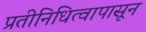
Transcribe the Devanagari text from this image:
प्रतीनिधित्वापासून